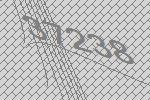
37238